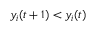
y _ { i } ( t + 1 ) < y _ { i } ( t )